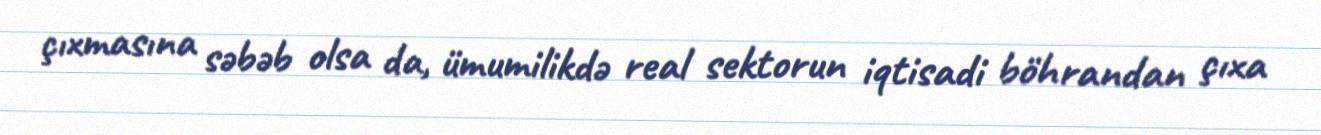
çıxmasına səbəb olsa da, ümumilikdə real sektorun iqtisadi böhrandan çıxa